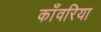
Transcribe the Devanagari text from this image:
काँवरिया